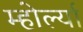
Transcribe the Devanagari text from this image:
म्होर्ल्या